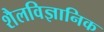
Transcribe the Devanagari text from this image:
शैलविज्ञानिक